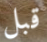
قبل